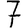
Digit: 7